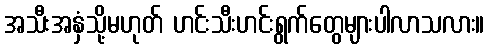
အသီးအနှံသို့မဟုတ် ဟင်းသီးဟင်းရွက်တွေများပါလာသလား။